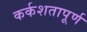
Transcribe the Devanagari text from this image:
कर्कशतापूर्ण